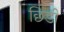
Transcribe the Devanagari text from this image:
छिडी